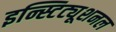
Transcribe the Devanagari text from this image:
इन्स्टिट्यूशनल